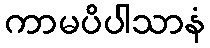
ကာမပိပါသာနံ